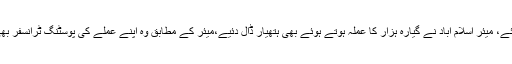
عدالت نے کہاکہ چھ ہفتے میں متعلقہ دستاویزات کے ہمراہ تفصیلی رپورٹ پیش کی جائے، میئر اسلام آباد نے گیارہ ہزار کا عملہ ہوتے ہوئے بھی ہتھیار ڈال دئیے،میئر کے مطابق وہ اپنے عملے کی پوسٹنگ ٹرانسفر بھی نہیں کر سکتے ،میونسپل کارپوریشن کیساتھ یہی سلوک کرنا تھا تو بنایا ہی کیوں گیا؟